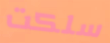
سلكت